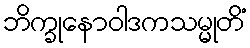
ဘိက္ခုနောဝါဒကသမ္မုတိံ